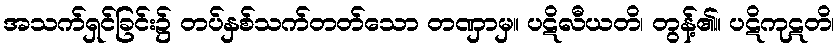
အသက်ရှင်ခြင်း၌ တပ်နှစ်သက်တတ်သော တဏှာမှ။ ပဋိလီယတိ၊ တွန့်၏။ ပဋိကုဋတိ၊